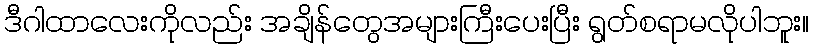
ဒီဂါထာလေးကိုလည်း အချိန်တွေအများကြီးပေးပြီး ရွတ်စရာမလိုပါဘူး။